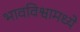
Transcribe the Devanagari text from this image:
भावविश्वामध्ये